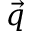
\vec { q }